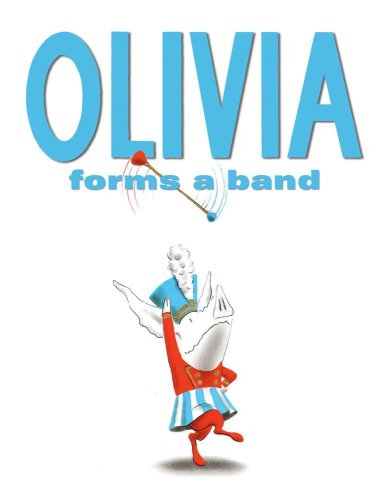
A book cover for Olivia Forms a Band; Ian Falconer; Children's Books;